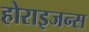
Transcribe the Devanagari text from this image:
होराइजन्स